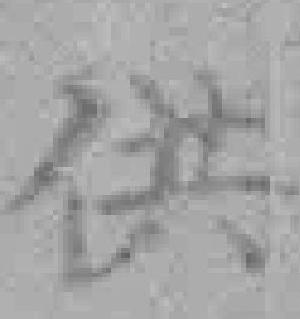
供